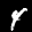
Label: 4